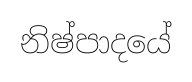
නිෂ්පාදයේ